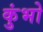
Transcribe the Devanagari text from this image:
कुंभो